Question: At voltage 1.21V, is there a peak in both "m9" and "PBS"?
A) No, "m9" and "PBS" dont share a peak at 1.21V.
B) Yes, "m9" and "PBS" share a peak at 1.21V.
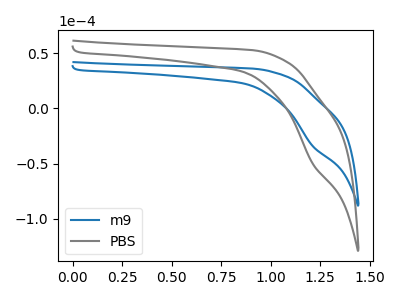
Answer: <think>The blue curve "m9" has a cathodic peak at: (1.20V, -34.35uA). The gray curve "PBS" has a cathodic peak at: (1.20V, -50.30uA).</think>
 <answer>B) Yes, "m9" and "PBS" share a peak at 1.21V.</answer>
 <eval>B</eval>